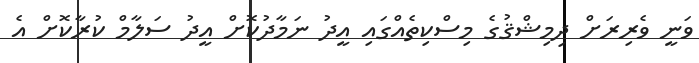
ވަނީ ވެރިރަށް ދިމިޝްޤުގެ މިސްކިތެއްގައި އީދު ނަމާދުކޮށް އީދު ސަލާމް ކުރާކޮށް އެ